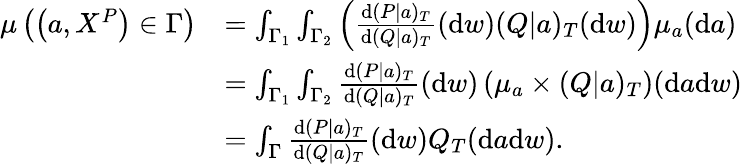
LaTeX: \begin{array}{rl}{\mu\left(\left(a,X^{P}\right)\in\Gamma\right)}&{=\int_{\Gamma_{1}}\int_{\Gamma_{2}}\left(\frac{\mathrm{d}(P|a)_{T}}{\mathrm{d}(Q|a)_{T}}(\mathrm{d}w)(Q|a)_{T}(\mathrm{d}w)\right)\mu_{a}(\mathrm{d}a)}\\ &{=\int_{\Gamma_{1}}\int_{\Gamma_{2}}\frac{\mathrm{d}(P|a)_{T}}{\mathrm{d}(Q|a)_{T}}(\mathrm{d}w)\left(\mu_{a}\times(Q|a)_{T}\right)(\mathrm{d}a\mathrm{d}w)}\\ &{=\int_{\Gamma}\frac{\mathrm{d}(P|a)_{T}}{\mathrm{d}(Q|a)_{T}}(\mathrm{d}w)Q_{T}(\mathrm{d}a\mathrm{d}w).}\end{array}